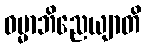
ဓမ္မာဘိညေယျာတိ